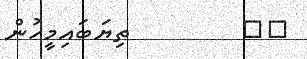
٥٦         ތިޔަބައިމީހުން